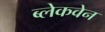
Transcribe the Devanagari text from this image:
ब्लेकवेन